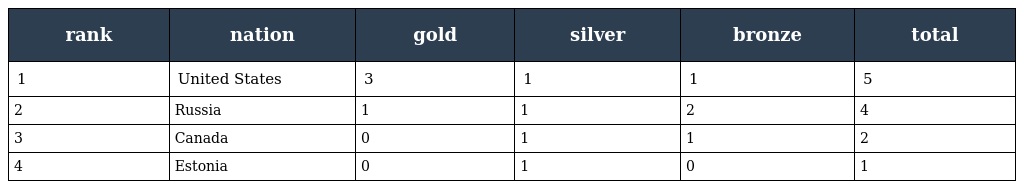
| rank | nation | gold | silver | bronze | total |
 | --- | --- | --- | --- | --- | --- |
 | 1 | United States | 3 | 1 | 1 | 5 |
 | 2 | Russia | 1 | 1 | 2 | 4 |
 | 3 | Canada | 0 | 1 | 1 | 2 |
 | 4 | Estonia | 0 | 1 | 0 | 1 |